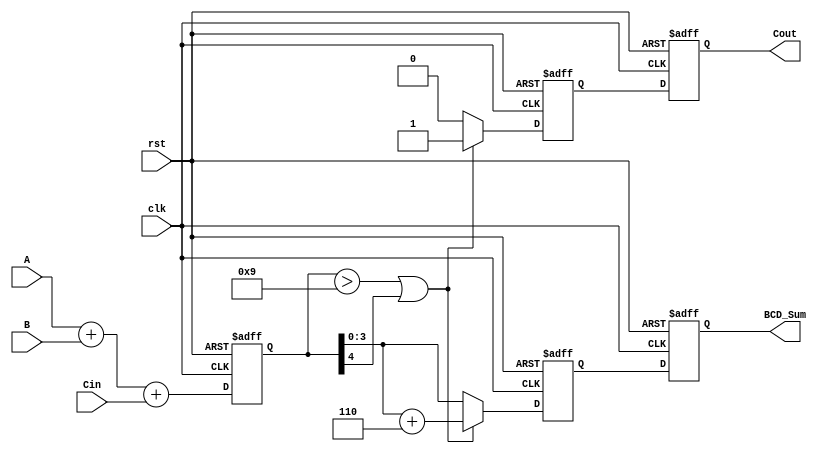
module BCD_Pipelined_Adder (
    input wire clk,
    input wire rst,
    input wire [3:0] A,
    input wire [3:0] B,
    input wire Cin,
    output reg [3:0] BCD_Sum,
    output reg Cout
);

    // Intermediate signals
    reg [4:0] raw_sum;        // 5-bit to hold the raw sum
    reg [4:0] corrected_sum;  // 5-bit to hold the corrected sum
    reg carry_out;            // Carry out from BCD correction
    
    // Stage 1: Binary addition
    always @(posedge clk or posedge rst) begin
        if (rst) begin
            raw_sum <= 5'b0;
        end else begin
            raw_sum <= A + B + Cin;  // Perform binary addition
        end
    end

    // Stage 2: BCD correction logic
    always @(posedge clk or posedge rst) begin
        if (rst) begin
            corrected_sum <= 5'b0;
            carry_out <= 1'b0;
        end else begin
            if (raw_sum > 5'd9 || raw_sum[4]) begin  // Check for BCD correction
                corrected_sum <= raw_sum + 5'd6;    // Add 6 for correction
                carry_out <= 1'b1;
            end else begin
                corrected_sum <= raw_sum;             // No correction needed
                carry_out <= 1'b0;
            end
        end
    end

    // Stage 3: Output stage
    always @(posedge clk or posedge rst) begin
        if (rst) begin
            BCD_Sum <= 4'b0;
            Cout <= 1'b0;
        end else begin
            BCD_Sum <= corrected_sum[3:0]; // Take the lower 4 bits as BCD sum
            Cout <= carry_out;             // Pass carry out to the next stage
        end
    end

endmodule